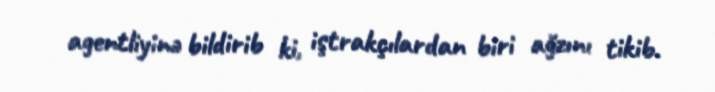
agentliyinə bildirib ki, iştrakçılardan biri ağzını tikib.